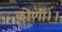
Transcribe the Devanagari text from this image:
कोणी।।